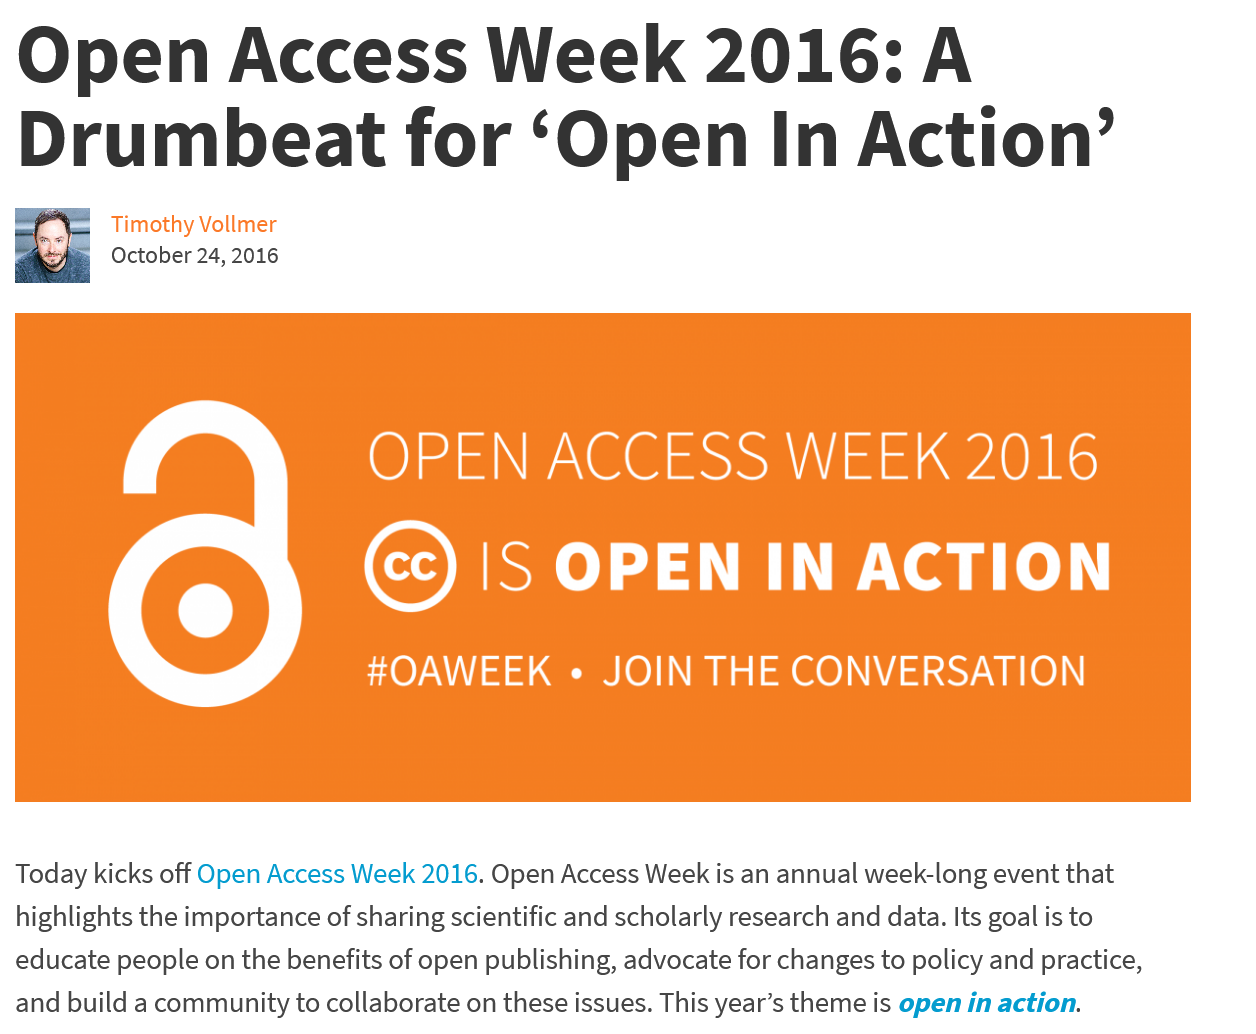
Open    Access    Week    2016:    A
  Drumbeat    for    ‘Open    In    Action’
     Timothy Vollmer
     October 24, 2016
     lela    P\G@    SSN    1    0K
     &)    IS    OPEN    IN    ACTION
     #OAWEEK    « JOIN   THE    CONVERSATION
  Today kicks off Open Access Week 2016. Open Access Week is an annual week-long event that
  highlights the importance of sharing scientific and scholarly research and data. Its goal is to
  educate people on the benefits of open publishing, advocate for changes to policy and practice,
  and build a community to collaborate on these issues. This year’s theme is open in action.